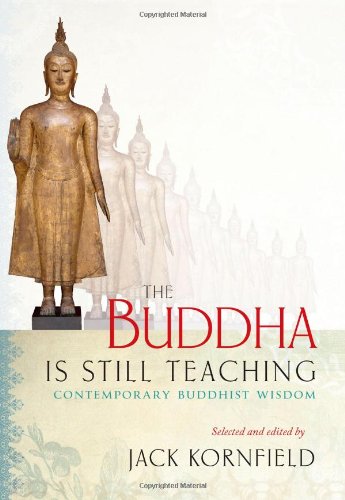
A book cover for The Buddha Is Still Teaching: Contemporary Buddhist Wisdom; Religion & Spirituality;